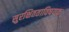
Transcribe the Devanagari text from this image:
सुरक्षितताविषयक